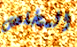
المخلص